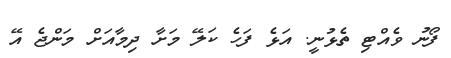
ފޯނު ވެއްޓި ތެޅުނީ. އަޅެ ފަހެ ކަލޭ މަށާ ދިމާއަށް މަންޖެ އޭ